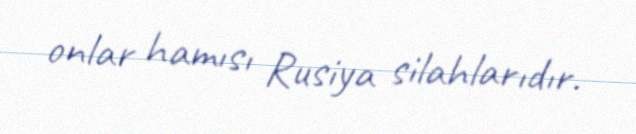
onlar hamısı Rusiya silahlarıdır.